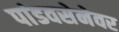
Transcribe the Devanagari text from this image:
पांडवसेनेवर